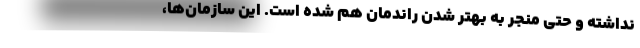
نداشته و حتی منجر به بهتر شدن راندمان هم شده‌ است. این سازمان‌ها،